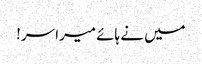
میں نے ہائے میرا سر!